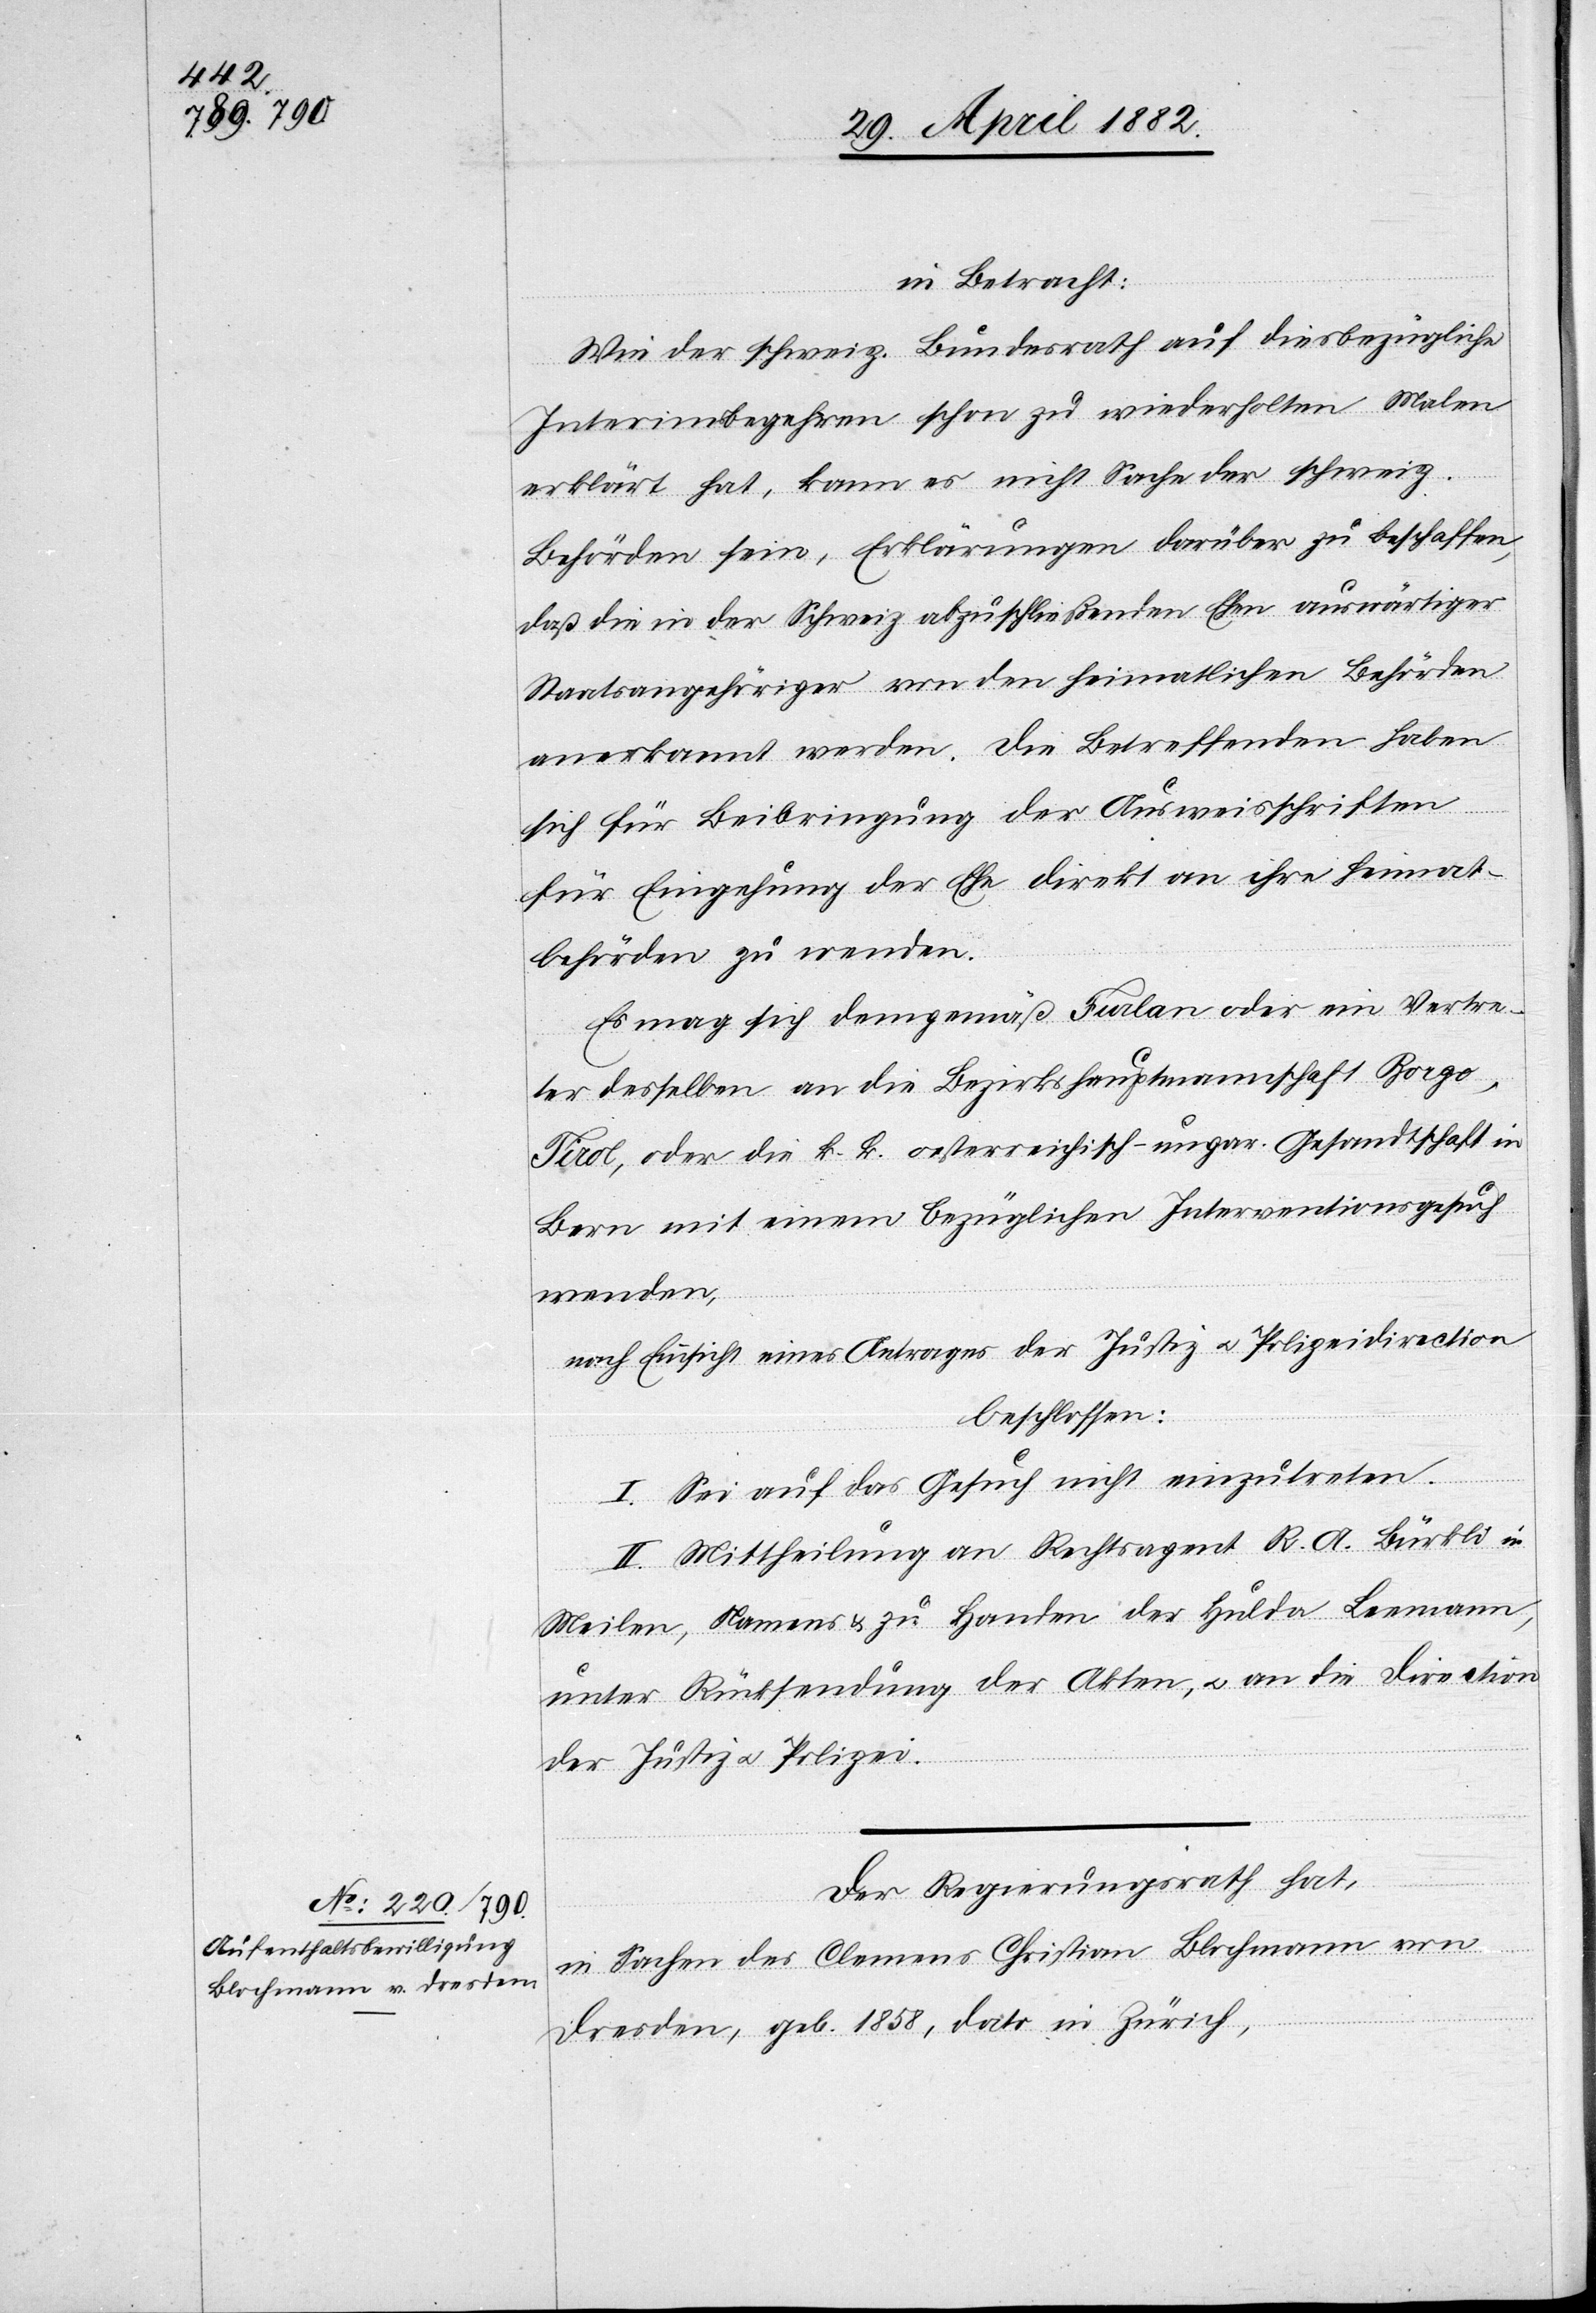
in Betracht:
Wie der schweiz. Bundesrath auf diesbezügliche
Interimsbegehren schon zu wiederholten Malen
erklärt hat, kann es nicht Sache der schweiz.
Behörden sein, Erklärungen darüber zu beschaffen,
daß die in der Schweiz abzuschließenden Ehen auswärtiger
Staatsangehöriger von den heimatlichen Behörden
anerkannt werden. Die Betreffenden haben
sich für Beibringung der Ausweisschriften
für Eingehung der Ehe direkt an ihre Heimat¬
behörde zu wenden.
Es mag sich demgemäß Furlan oder ein Vertre¬
ter desselben an die Bezirkshauptmannschaft Borgo,
Tirol, oder die k. k. oesterreichisch-ungar. Gesandtschaft in
Bern mit einem bezüglichen Interventionsgesuch
wenden,
nach Einsicht eines Antrages der Justiz[-] u. Polizeidirection,
beschlossen:
I. Sei auf das Gesuch nicht einzutreten.
II. Mittheilung an Rechtsagent R. A. Bürkli in
Meilen, Namens & zu Handen der Hulda Leemann,
unter Rücksendung der Akten, u. an die Direction
der Justiz u. Polizei.
Der Regierungsrath hat,
in Sachen des Clemens Christian Blochmann von
Dresden, geb. 1858, dato in Zürich,